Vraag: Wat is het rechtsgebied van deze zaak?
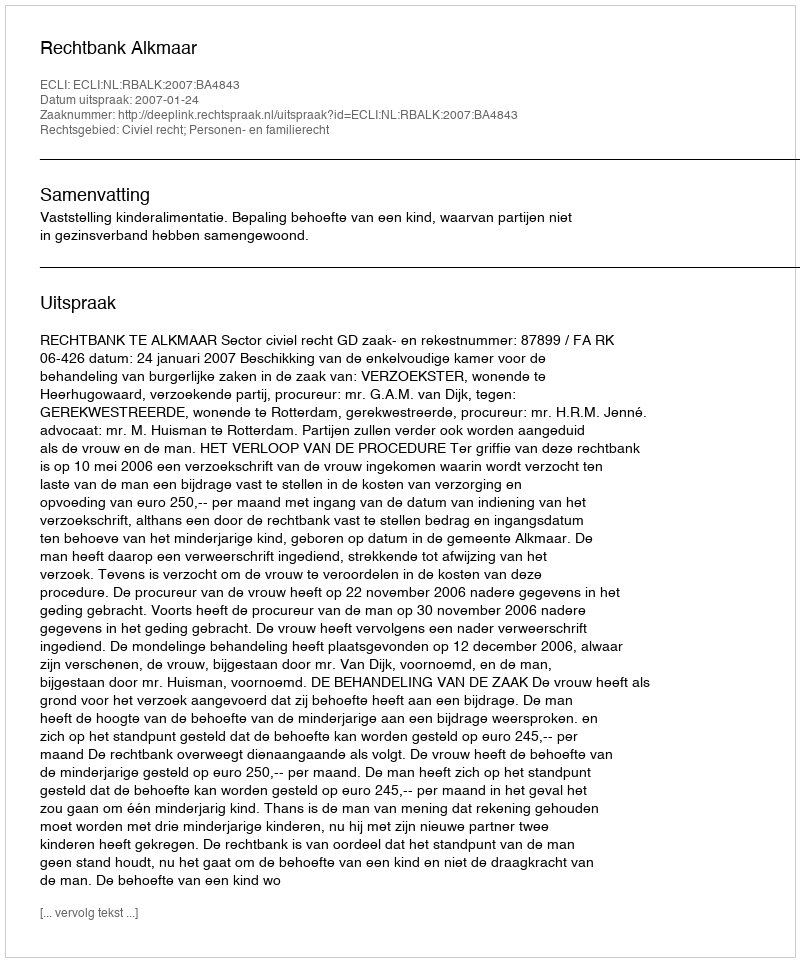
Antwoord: Civiel recht; Personen- en familierecht